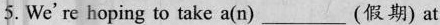
5. We're hoping to take a(n)_(假期) at